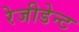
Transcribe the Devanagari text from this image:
रेजीडेन्ट